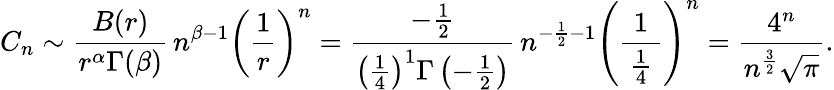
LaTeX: C_{n}\sim{\frac{B(r)}{r^{\alpha}\Gamma(\beta)}}\, n^{\beta-1}\left({\frac{1}{r}}\right)^{n}={\frac{-{\frac{1}{2}}}{\left({\frac{1}{4}}\right)^{1}\Gamma\left(-{\frac{1}{2}}\right)}}\, n^{-{\frac{1}{2}}-1}\left({\frac{1}{\, {\frac{1}{4}}\, }}\right)^{n}={\frac{4^{n}}{n^{\frac{3}{2}}{\sqrt{\pi}}}}.